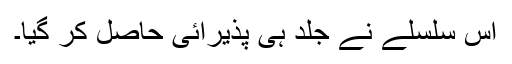
اس سلسلے نے جلد ہی پذیرائی حاصل کر گیا۔